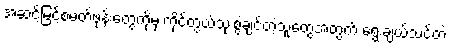
အဆင့်မြင့်စမတ်ဖုန်းတွေကိုမှ ကိုင်တွယ်သုံးစွဲချင်တဲ့သူတွေအတွက် ရွေးချယ်သင့်တဲ့